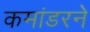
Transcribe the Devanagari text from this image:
कमांडरने